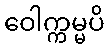
ဝေါက္ကမ္မပိ